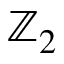
\mathbb { Z } _ { 2 }